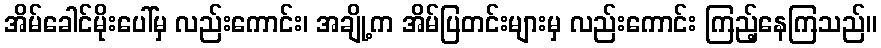
အိမ်ခေါင်မိုးပေါ်မှ လည်းကောင်း၊ အချို့က အိမ်ပြတင်းများမှ လည်းကောင်း ကြည့်နေကြသည်။